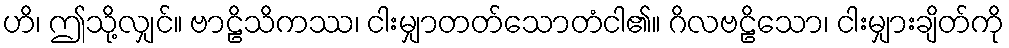
ဟိ၊ ဤသို့လျှင်။ ဗာဠိသိကဿ၊ ငါးမျှာတတ်သောတံငါ၏။ ဂိလဗဠိသော၊ ငါးမျှားချိတ်ကို